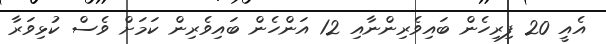
އެއީ 20 ފިރިހެން ބައިވެރިންނާއި 12 އަންހެން ބައިވެރިން ކަމަށް ވެސް ކުޅިވަރާ